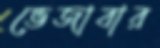
ভেজাবার